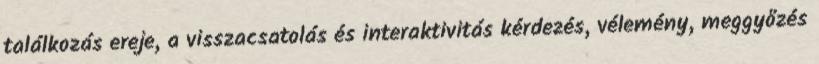
találkozás ereje, a visszacsatolás és interaktivitás kérdezés, vélemény, meggyőzés